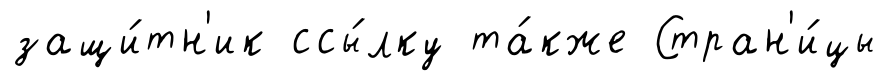
защи́тн'ик ссы́лку та́кже Стран'и́цы